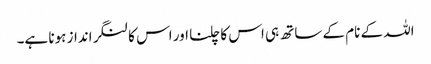
اللہ کے نام کے ساتھ ہی اس کا چلنا اور اس کا لنگر انداز ہونا ہے۔